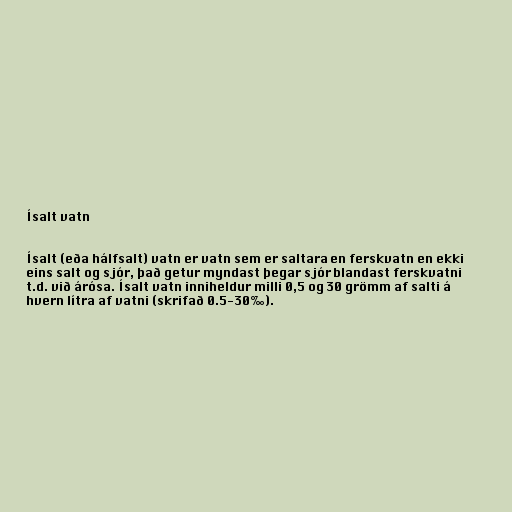
Ísalt vatn

Ísalt (eða hálfsalt) vatn er vatn sem er saltara en ferskvatn en ekki
eins salt og sjór, það getur myndast þegar sjór blandast ferskvatni
t.d. við árósa. Ísalt vatn inniheldur milli 0,5 og 30 grömm af salti á
hvern lítra af vatni (skrifað 0.5-30‰).